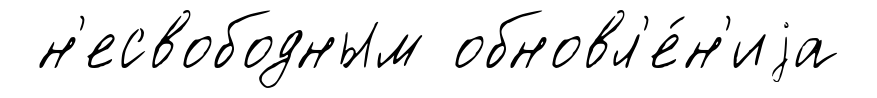
н'есвободным обновл'е́н'иjа